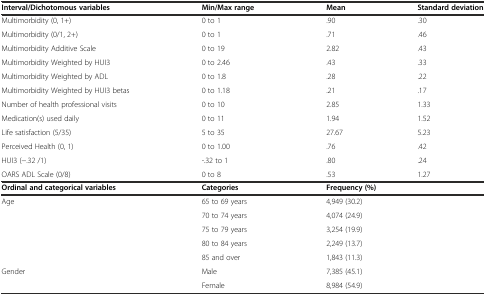
<table><thead><tr><td><b>Interval/Dichotomous variables</b></td><td><b>Min/Max range</b></td><td><b>Mean</b></td><td><b>Standard deviation</b></td></tr></thead><tbody><tr><td>Multimorbidity (0, 1+)</td><td>0 to 1</td><td>.90</td><td>.30</td></tr><tr><td>Multimorbidity (0/1, 2+)</td><td>0 to 1</td><td>.71</td><td>.46</td></tr><tr><td>Multimorbidity Additive Scale</td><td>0 to 19</td><td>2.82</td><td>.43</td></tr><tr><td>Multimorbidity Weighted by HUI3</td><td>0 to 2.46</td><td>.43</td><td>.33</td></tr><tr><td>Multimorbidity Weighted by ADL</td><td>0 to 1.8</td><td>.28</td><td>.22</td></tr><tr><td>Multimorbidity Weighted by HUI3 betas</td><td>0 to 1.18</td><td>.21</td><td>.17</td></tr><tr><td>Number of health professional visits</td><td>0 to 10</td><td>2.85</td><td>1.33</td></tr><tr><td>Medication(s) used daily</td><td>0 to 11</td><td>1.94</td><td>1.52</td></tr><tr><td>Life satisfaction (5/35)</td><td>5 to 35</td><td>27.67</td><td>5.23</td></tr><tr><td>Perceived Health (0, 1)</td><td>0 to 1.00</td><td>.76</td><td>.42</td></tr><tr><td>HUI3 (−.32 /1)</td><td>-.32 to 1</td><td>.80</td><td>.24</td></tr><tr><td>OARS ADL Scale (0/8)</td><td>0 to 8</td><td>.53</td><td>1.27</td></tr><tr><td><b>Ordinal and categorical variables</b></td><td><b>Categories</b></td><td colspan="2"><b>Frequency (%)</b></td></tr><tr><td>Age</td><td>65 to 69 years</td><td colspan="2">4,949 (30.2)</td></tr><tr><td></td><td>70 to 74 years</td><td colspan="2">4,074 (24.9)</td></tr><tr><td></td><td>75 to 79 years</td><td colspan="2">3,254 (19.9)</td></tr><tr><td></td><td>80 to 84 years</td><td colspan="2">2,249 (13.7)</td></tr><tr><td></td><td>85 and over</td><td colspan="2">1,843 (11.3)</td></tr><tr><td>Gender</td><td>Male</td><td colspan="2">7,385 (45.1)</td></tr><tr><td></td><td>Female</td><td colspan="2">8,984 (54.9)</td></tr></tbody></table>